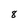
Character: 8